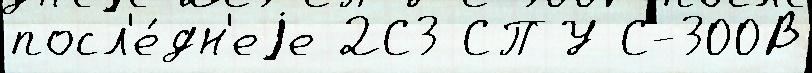
посл'е́дн'еjе 2С3 СПУ С-300В